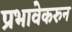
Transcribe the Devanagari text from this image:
प्रभावेकरुन